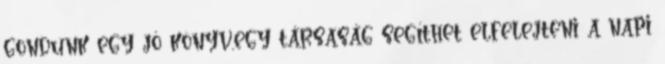
gondunk egy jó könyv,egy társaság segíthet elfelejteni a napi